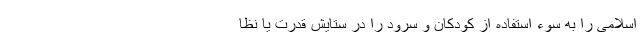
اسلامی را به سوء استفاده از کودکان و سرود را در ستایش قدرت یا نظا